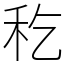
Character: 𥝖